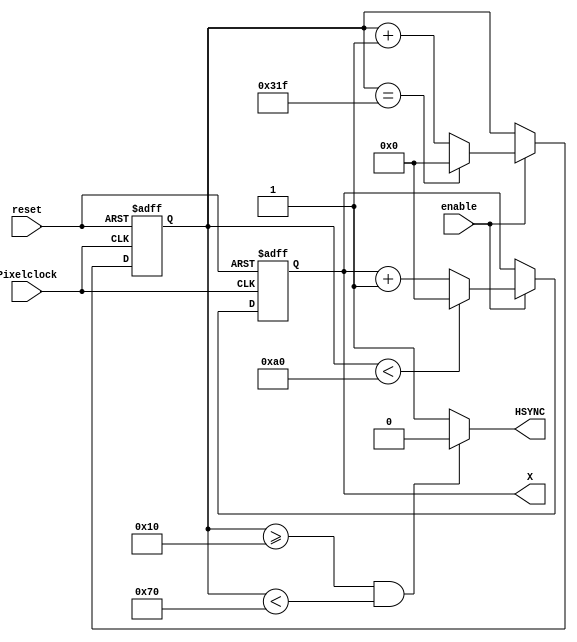
`timescale 1ns / 1ps
//////////////////////////////////////////////////////////////////////////////////
// Company: University of Patras
// 
// Module Name:    HSYNC_Provider 
// Project Name:   iTalos
//
//////////////////////////////////////////////////////////////////////////////////
module HSYNC_Provider(
    input Pixelclock,
    input enable,
	 input reset,
    output HSYNC,
	 output reg [9:0] X
    );
	 
	 parameter HorizontalFrontPorch = 16; 
	 parameter HSYNCPulse = 96; 
	 parameter HorizontalBackPorch = 48; 
	 parameter VisiblePixels = 640;
	 
	 reg [9:0] counter;
	 
	 always @(posedge Pixelclock or posedge reset) 
	 begin
		
		if (reset) 
		begin
			counter <= 0;
		end
		else if (enable)
		begin
		
			if (counter == (HorizontalFrontPorch + HSYNCPulse + HorizontalBackPorch + VisiblePixels - 1)) 
				  counter <= 0;
			else counter <= counter + 1;
			
		end
	 end
	 
	 
	 always @(posedge Pixelclock or posedge reset)
	 begin 
		if (reset) X<=0;
		else if (enable)
		
		begin
			if (counter < (HorizontalFrontPorch + HSYNCPulse + HorizontalBackPorch))
				  X <= 0 ;
			else X <= X+1;
		end
	 
	 end 
	 
	 assign HSYNC = ((counter >= HorizontalFrontPorch) && (counter < HorizontalFrontPorch + HSYNCPulse))? 0 : 1;
		
endmodule